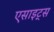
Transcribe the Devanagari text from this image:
एसाइट्स